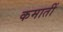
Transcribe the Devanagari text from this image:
कमातीं